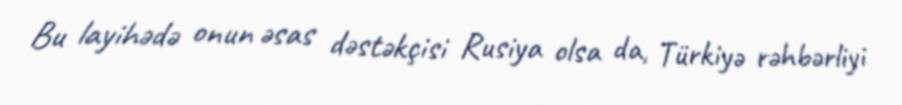
Bu layihədə onun əsas dəstəkçisi Rusiya olsa da, Türkiyə rəhbərliyi